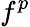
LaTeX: f^{p}